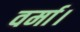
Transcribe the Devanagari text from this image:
वर्मा।